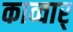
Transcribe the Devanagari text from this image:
काव्वार्